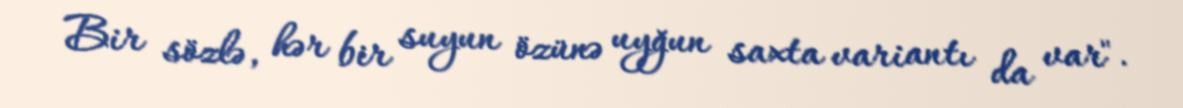
Bir sözlə, hər bir suyun özünə uyğun saxta variantı da var".